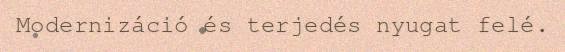
Modernizáció és terjedés nyugat felé.